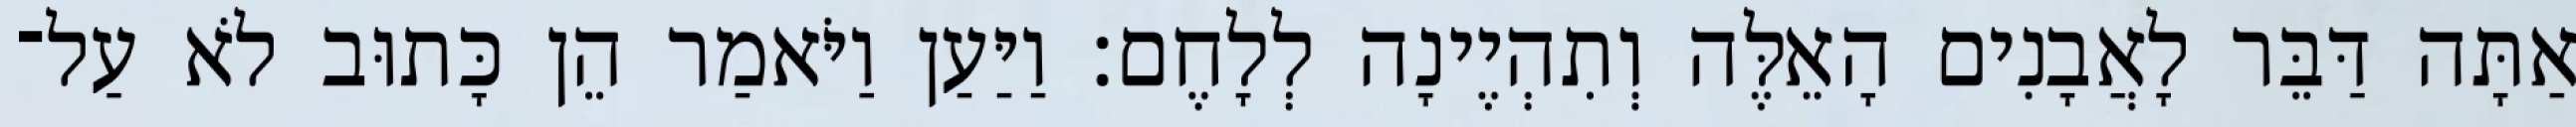
אַתָּה דַּבֵּר לָאֲבָנִים הָאֵלֶּה וְתִהְיֶינָה לְלָחֶם׃ וַיַּעַן וַיֹּאמַר הֵן כָּתוּב לֹא עַל־